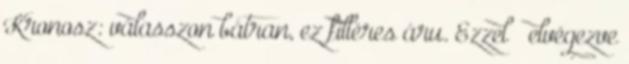
Kronosz: válasszon bátran, ez filléres áru. Ezzel – elvégezve